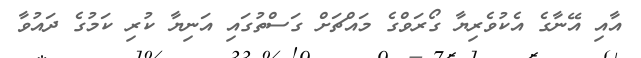
އާއި އޭނާގެ އެކުވެރިޔާ ގޯރަވްގެ މައްޗަށް ގަސްތުގައި އަނިޔާ ކުރި ކަމުގެ ދައުވާ